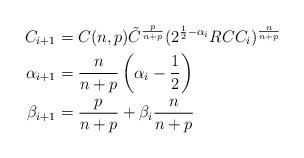
LaTeX: \begin{align*}C_{i+1} &= C(n,p)\tilde{C}^{\frac{p}{n+p}} (2^{\frac{1}{2}-\alpha_i}RCC_i)^{\frac{n}{n+p}} \\\alpha_{i+1} &= \frac{n}{n+p}\left(\alpha_i - \frac{1}{2}\right) \\\beta_{i+1} &= \frac{p}{n+p} + \beta_i \frac{n}{n+p}\end{align*}